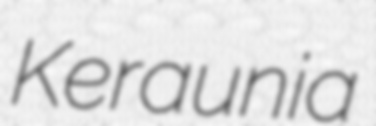
Keraunia